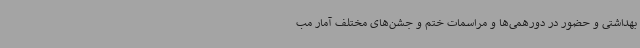
بهداشتی و حضور در دورهمی‌ها و مراسمات ختم و جشن‌های مختلف آمار مب